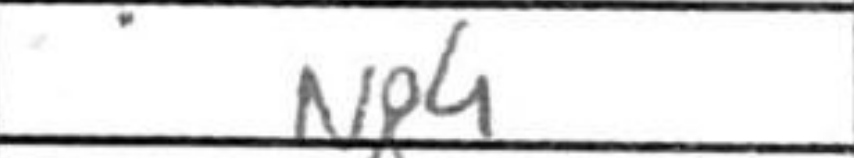
Transcription: Ng4